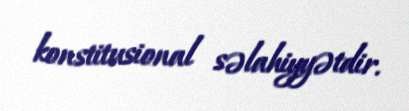
konstitusional səlahiyyətdir.